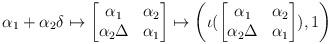
LaTeX: \begin{align*} \alpha_1+\alpha_2\delta\mapsto \begin{bmatrix} \alpha_1&\alpha_2 \\ \alpha_2\Delta & \alpha_1 \end{bmatrix}\mapsto \left(\iota(\begin{bmatrix} \alpha_1&\alpha_2 \\ \alpha_2\Delta & \alpha_1 \end{bmatrix}), 1\right)\end{align*}